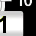
Digit: 1